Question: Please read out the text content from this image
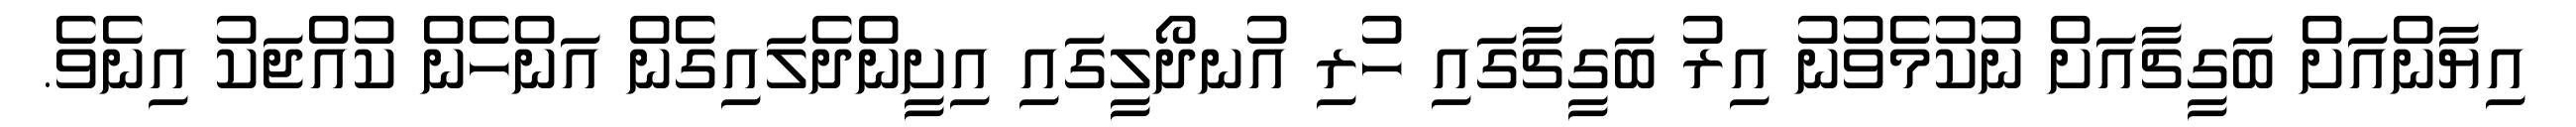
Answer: އިޔާންއަށް ބަގީޗާއަށް ނުކުމެވުނު އިރު ބަގީޗާގައި ހުރި އުނދޯލީގައި އިށީންދެލައިގެން އަންހެން ކުއްޖަކު އިނެވެ.